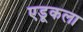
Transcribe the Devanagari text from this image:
एडूकला